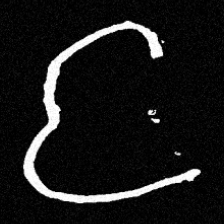
Pyu character \u2014 Myanmar letter: င (romanized: nga)